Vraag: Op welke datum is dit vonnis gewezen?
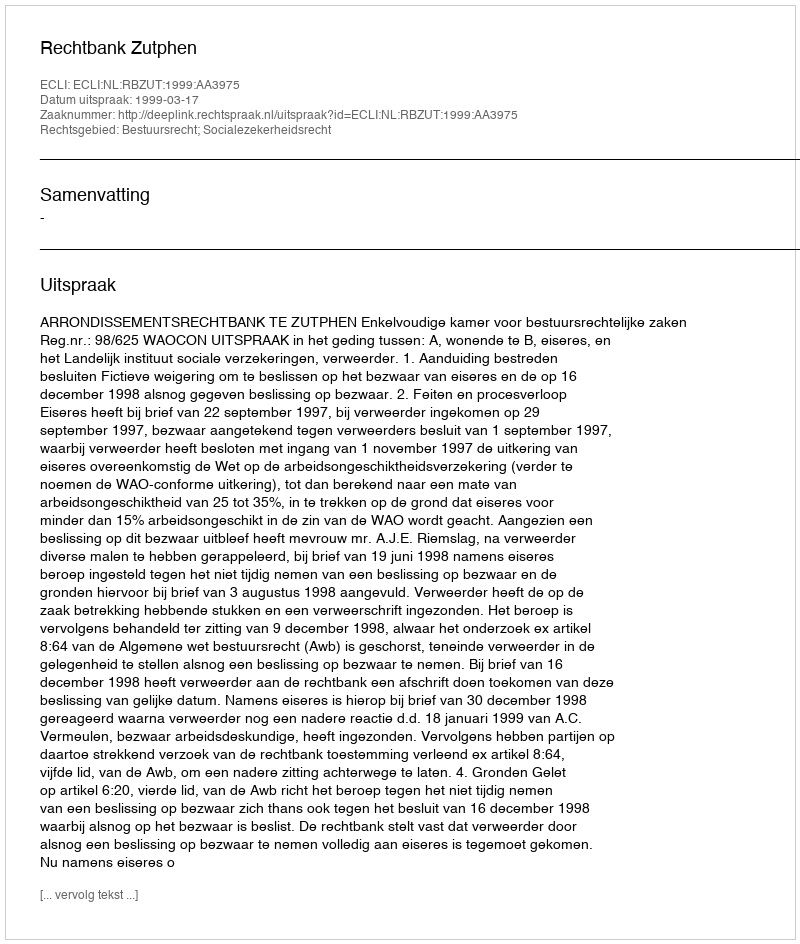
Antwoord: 1999-03-17